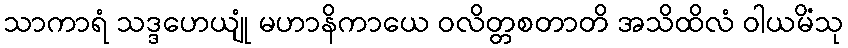
သာကာရံ သဒ္ဒဟေယျုံ မဟာနိကာယေ ဝလိတ္တစတာတိ အသိထိလံ ဝါယမိံသု